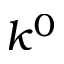
k ^ { 0 }